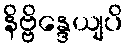
နိဗ္ဗိန္ဒေယျပိ